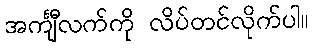
အင်္ကျီလက်ကို လိပ်တင်လိုက်ပါ။